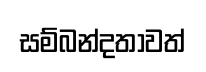
සම්බන්දතාවත්